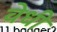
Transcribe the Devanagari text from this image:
वेधी